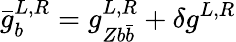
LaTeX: \bar{g}_{b}^{L,R}=g_{Zb\bar{b}}^{L,R}+\delta g^{L,R}